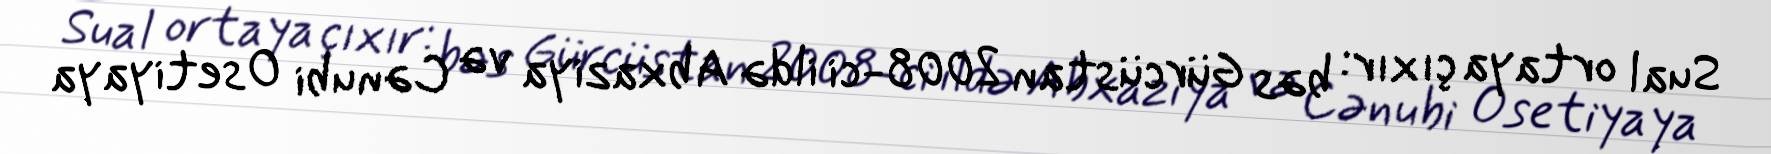
Sual ortaya çıxır: bəs Gürcüstan 2008-ci ildə Abxaziya və Cənubi Osetiyaya